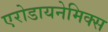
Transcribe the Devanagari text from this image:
एरोडायनेमिक्स